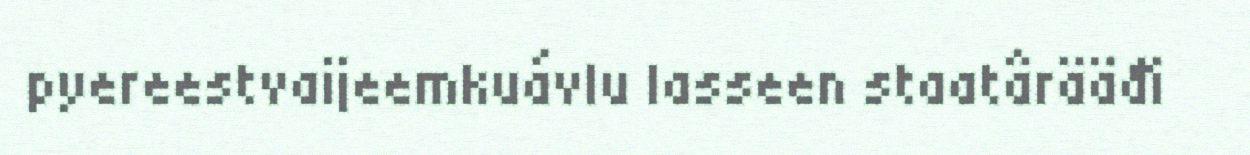
pyereestvaijeemkuávlu lasseen staatârääđi